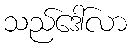
သည်ဒေါ်လာ